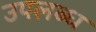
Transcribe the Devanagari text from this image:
उपलब्‍ध्‍ा